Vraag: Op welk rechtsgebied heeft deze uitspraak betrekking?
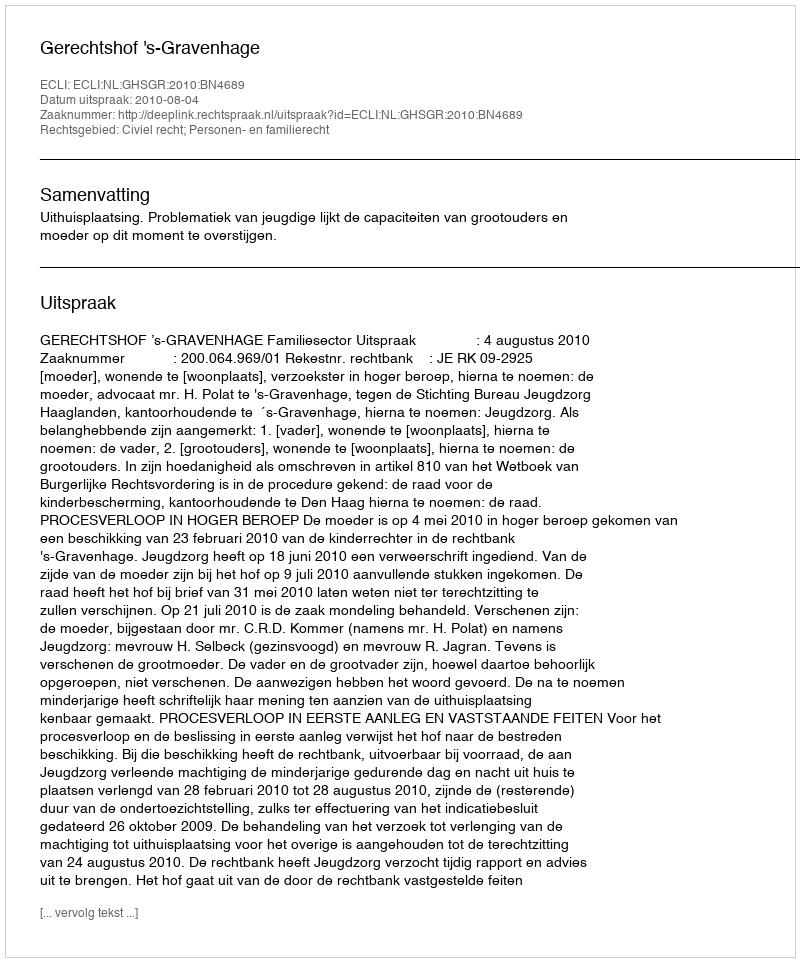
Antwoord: Civiel recht; Personen- en familierecht